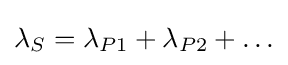
\lambda _{S}=\lambda _{P1}+\lambda _{P2}+\ldots